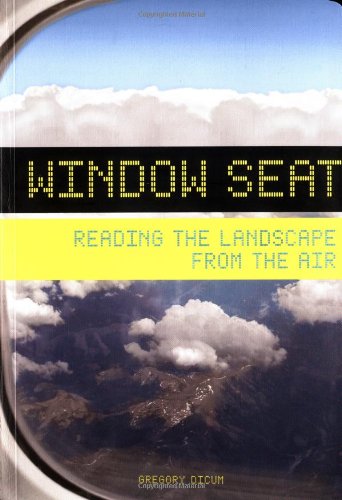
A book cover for Window Seat: Reading the Landscape from the Air; Gregory Dicum; Travel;